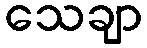
သေချာ